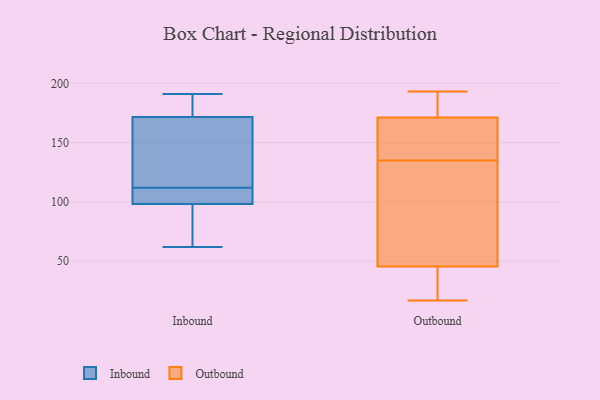
{"axis": {"x": "Page Views", "y": "Value"}, "legend": ["Inbound", "Outbound"], "data": [{"x": "", "y": 98, "type": "Inbound"}, {"x": "", "y": 186, "type": "Inbound"}, {"x": "", "y": 102, "type": "Inbound"}, {"x": "", "y": 112, "type": "Inbound"}, {"x": "", "y": 128, "type": "Inbound"}, {"x": "", "y": 191, "type": "Inbound"}, {"x": "", "y": 118, "type": "Inbound"}, {"x": "", "y": 99, "type": "Inbound"}, {"x": "", "y": 62, "type": "Inbound"}, {"x": "", "y": 65, "type": "Inbound"}, {"x": "", "y": 190, "type": "Inbound"}, {"x": "", "y": 17, "type": "Outbound"}, {"x": "", "y": 189, "type": "Outbound"}, {"x": "", "y": 193, "type": "Outbound"}, {"x": "", "y": 45, "type": "Outbound"}, {"x": "", "y": 36, "type": "Outbound"}, {"x": "", "y": 37, "type": "Outbound"}, {"x": "", "y": 166, "type": "Outbound"}, {"x": "", "y": 173, "type": "Outbound"}, {"x": "", "y": 135, "type": "Outbound"}, {"x": "", "y": 133, "type": "Outbound"}, {"x": "", "y": 145, "type": "Outbound"}, {"x": "", "y": 142, "type": "Outbound"}, {"x": "", "y": 183, "type": "Outbound"}, {"x": "", "y": 68, "type": "Outbound"}, {"x": "", "y": 47, "type": "Outbound"}]}